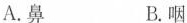
A.鼻 B.咽